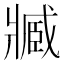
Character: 𤖔